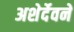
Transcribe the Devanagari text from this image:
अशेर्देवने